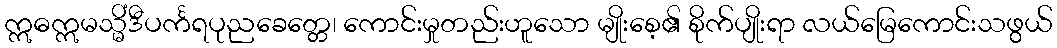
ဣဓဣမသ္မိံဒီပင်္ကရပုညခေတ္တေ၊ ကောင်းမှုတည်းဟူသော မျိုးစေ့၏ စိုက်ပျိုးရာ လယ်မြေကောင်းသဖွယ်